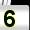
Digit: 5